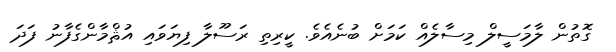
ގޮތުން ލާމަސީލް މިސާލެއް ކަމަށް ބުނެއެވެ. ކީރިތި ރަސޫލާ ފިޔަވައި އުޘްމާންގެފާނު ފަދަ